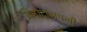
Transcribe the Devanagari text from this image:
विनोदांमधली